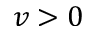
v > 0